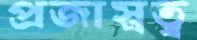
প্রজাস্বত্ব